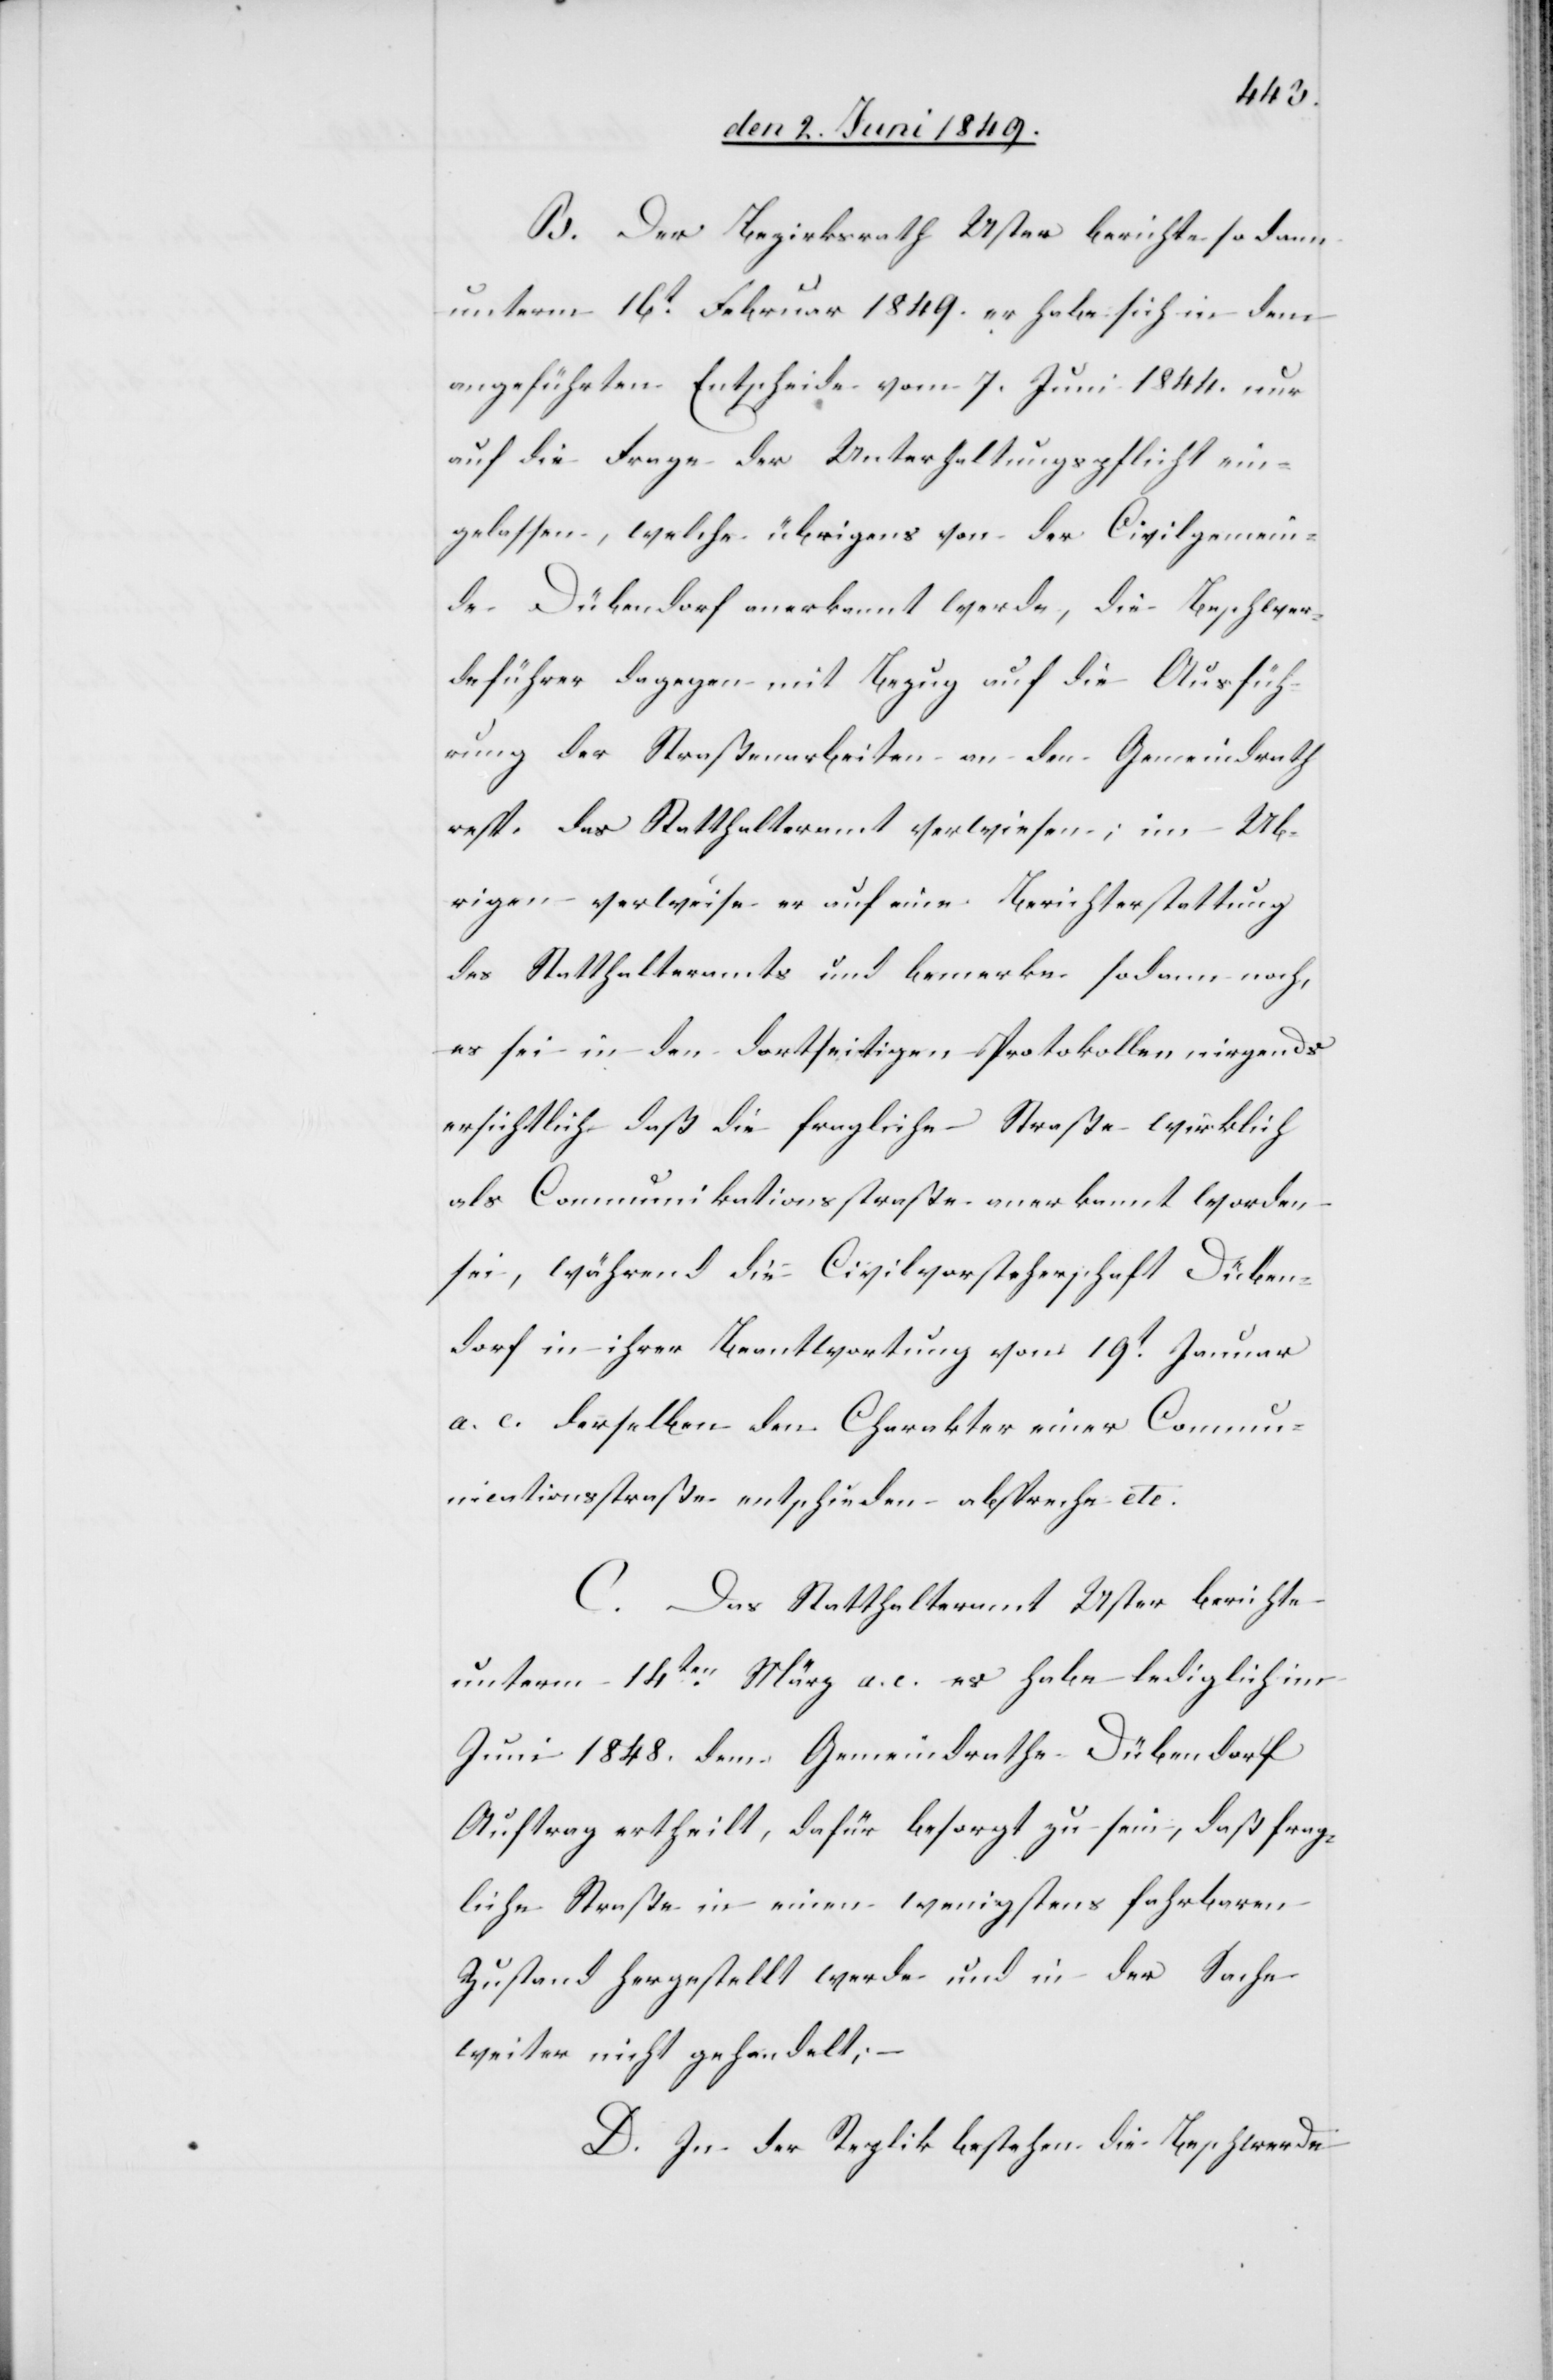
B. Der Bezirksrath Uster berichte sodann
unterm 16t Februar 1849. er habe sich in dem
angeführten Entscheide vom 7. Juni 1844. nur
auf die Frage der Unterhaltungspflicht ein¬
gelassen, welche übrigens von der Civilgemein¬
de Dübendorf anerkannt werde, die Beschwer¬
deführer dagegen mit Bezug auf die Ausfüh¬
rung der Straßenarbeiten an den Gemeindrath
resp. das Statthalteramt verwiesen; im Ub¬
rigen [sic!] verweise er auf eine Berichterstattung
des Statthalteramts und bemerke sodann noch,
es sei in den dortseitigen Protokollen nirgends
ersichtlich daß die fragliche Straße wirklich
als Communikationsstraße anerkannt worden
sei, während die Civilvorsteherschaft Düben¬
dorf in ihrer Beantwortung vom 19t Januar
a. .c. derselben den Charakter einer Commun¬
icationsstraße entschieden abspreche etc.
C. Das Statthalteramt Uster berichte
unterm 14ten März a. c. es habe lediglich im
Juni 1848. dem Gemeindrathe Dübendorf
Auftrag ertheilt, dafür besorgt zu sein, daß frag¬
liche Straße in einen wenigstens fahrbaren
Zustand hergestellt werde und in der Sache
weiter nicht gehandelt;
D. In der Replik bestehen die Beschwerde-